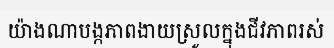
យ៉ាងណាបង្កភាពងាយស្រួលក្នុងជីវភាពរស់